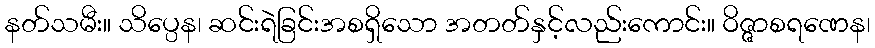
နတ်သမီး။ သိပ္ပေန၊ ဆင်းရဲခြင်းအစရှိသော အတတ်နှင့်လည်းကောင်း။ ဝိဇ္ဇာစရဏေန၊